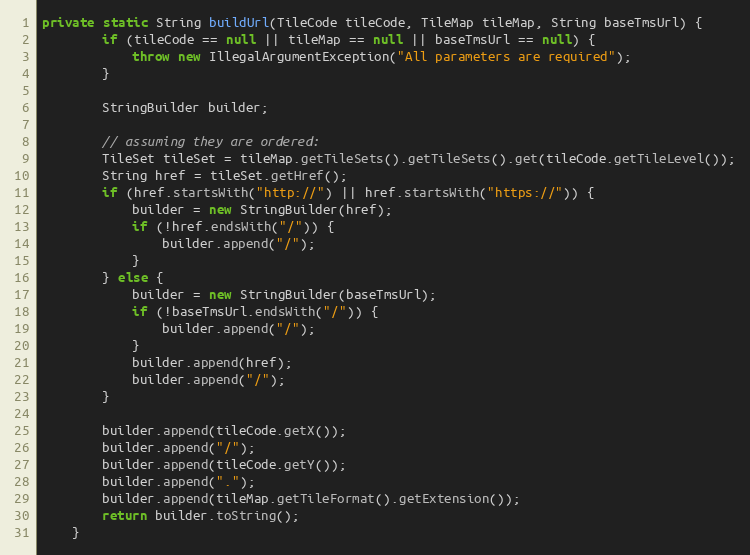
Language: Java
private static String buildUrl(TileCode tileCode, TileMap tileMap, String baseTmsUrl) {
		if (tileCode == null || tileMap == null || baseTmsUrl == null) {
			throw new IllegalArgumentException("All parameters are required");
		}

		StringBuilder builder;

		// assuming they are ordered:
		TileSet tileSet = tileMap.getTileSets().getTileSets().get(tileCode.getTileLevel());
		String href = tileSet.getHref();
		if (href.startsWith("http://") || href.startsWith("https://")) {
			builder = new StringBuilder(href);
			if (!href.endsWith("/")) {
				builder.append("/");
			}
		} else {
			builder = new StringBuilder(baseTmsUrl);
			if (!baseTmsUrl.endsWith("/")) {
				builder.append("/");
			}
			builder.append(href);
			builder.append("/");
		}

		builder.append(tileCode.getX());
		builder.append("/");
		builder.append(tileCode.getY());
		builder.append(".");
		builder.append(tileMap.getTileFormat().getExtension());
		return builder.toString();
	}